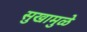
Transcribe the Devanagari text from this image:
सुखामुळे